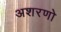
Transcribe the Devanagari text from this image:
अशरणो